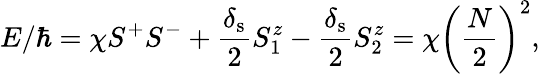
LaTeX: E/\hbar=\chi S^{+}S^{-}+\frac{\delta_{\mathrm{s}}}{2}S_{1}^{z}-\frac{\delta_{\mathrm{s}}}{2}S_{2}^{z}=\chi\bigg(\frac{N}{2}\bigg)^{2},